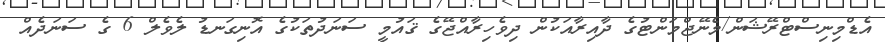
އެޑްމިނިސްޓްރޭޝަން/މެނޭޖްމަންޓުގެ ދާއިރާއަކުން ދިވެހިރާއްޖޭގެ ޤައުމީ ސަނަދުތަކުގެ އޮނިގަނޑު ލެވެލް 6 ގެ ސަނަދެއް